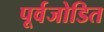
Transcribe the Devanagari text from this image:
पूर्वजोडित